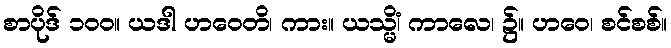
စာပိုဒ် ၁၀၀။ ယဒါ ဟဝေတိ၊ ကား။ ယသ္မိံ၊ ကာလေ၊ ၌။ ဟဝေ၊ စင်စစ်။